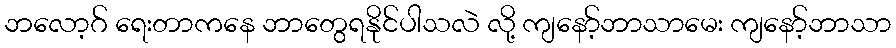
ဘလော့ဂ် ရေးတာကနေ ဘာတွေရနိုင်ပါသလဲ လို့ ကျနော့်ဘာသာမေး ကျနော့်ဘာသာ